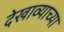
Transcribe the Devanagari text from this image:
देखाव्याच्या